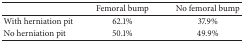
|  | Femoral bump | No femoral bump |
 | --- | --- | --- |
 | With herniation pit | 62.1% | 37.9% |
 | No herniation pit | 50.1% | 49.9% |